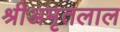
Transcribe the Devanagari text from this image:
श्रीअमृतलाल